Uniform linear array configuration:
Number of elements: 16
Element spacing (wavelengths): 1
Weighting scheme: cosine
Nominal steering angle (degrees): -60
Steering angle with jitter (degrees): -61.745
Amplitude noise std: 0.05
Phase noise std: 0.05

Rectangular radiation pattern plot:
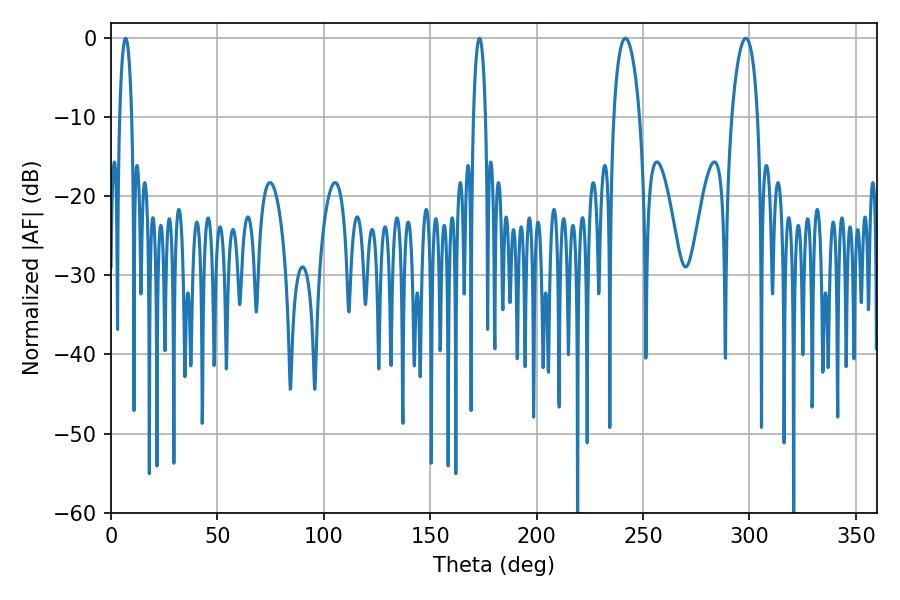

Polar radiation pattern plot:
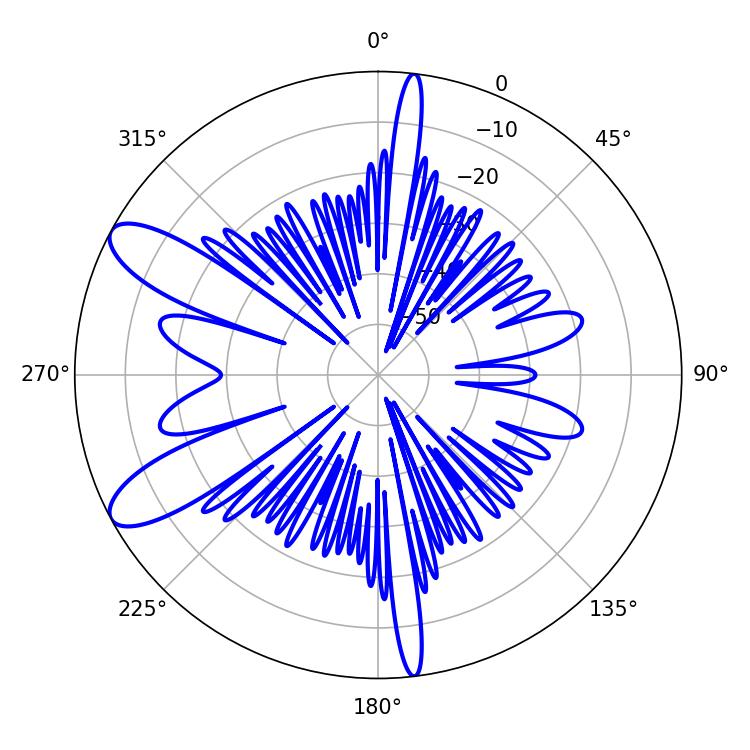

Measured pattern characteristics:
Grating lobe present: TRUE
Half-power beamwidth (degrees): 6.84
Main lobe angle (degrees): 298.26